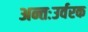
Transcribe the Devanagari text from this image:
अन्तःउर्वरक